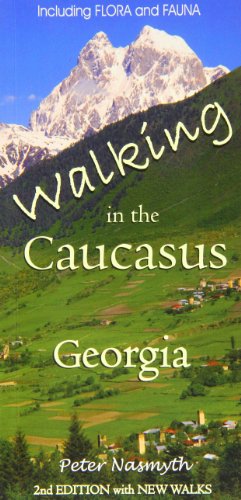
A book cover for Walking in the Caucasus, Georgia; Peter Nasmyth; Travel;